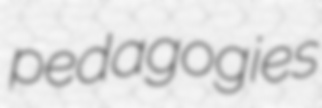
pedagogies